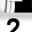
Digit: 2